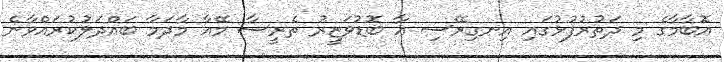
އޮބާމާގެ މި ދަތުރުފުޅުގައި އިނގިރޭސި އާ ބޮޑުވަޒީރު ތެރީސާ މޭއާ މާދަމާ ބައްދަލުކުރައްވާނެ